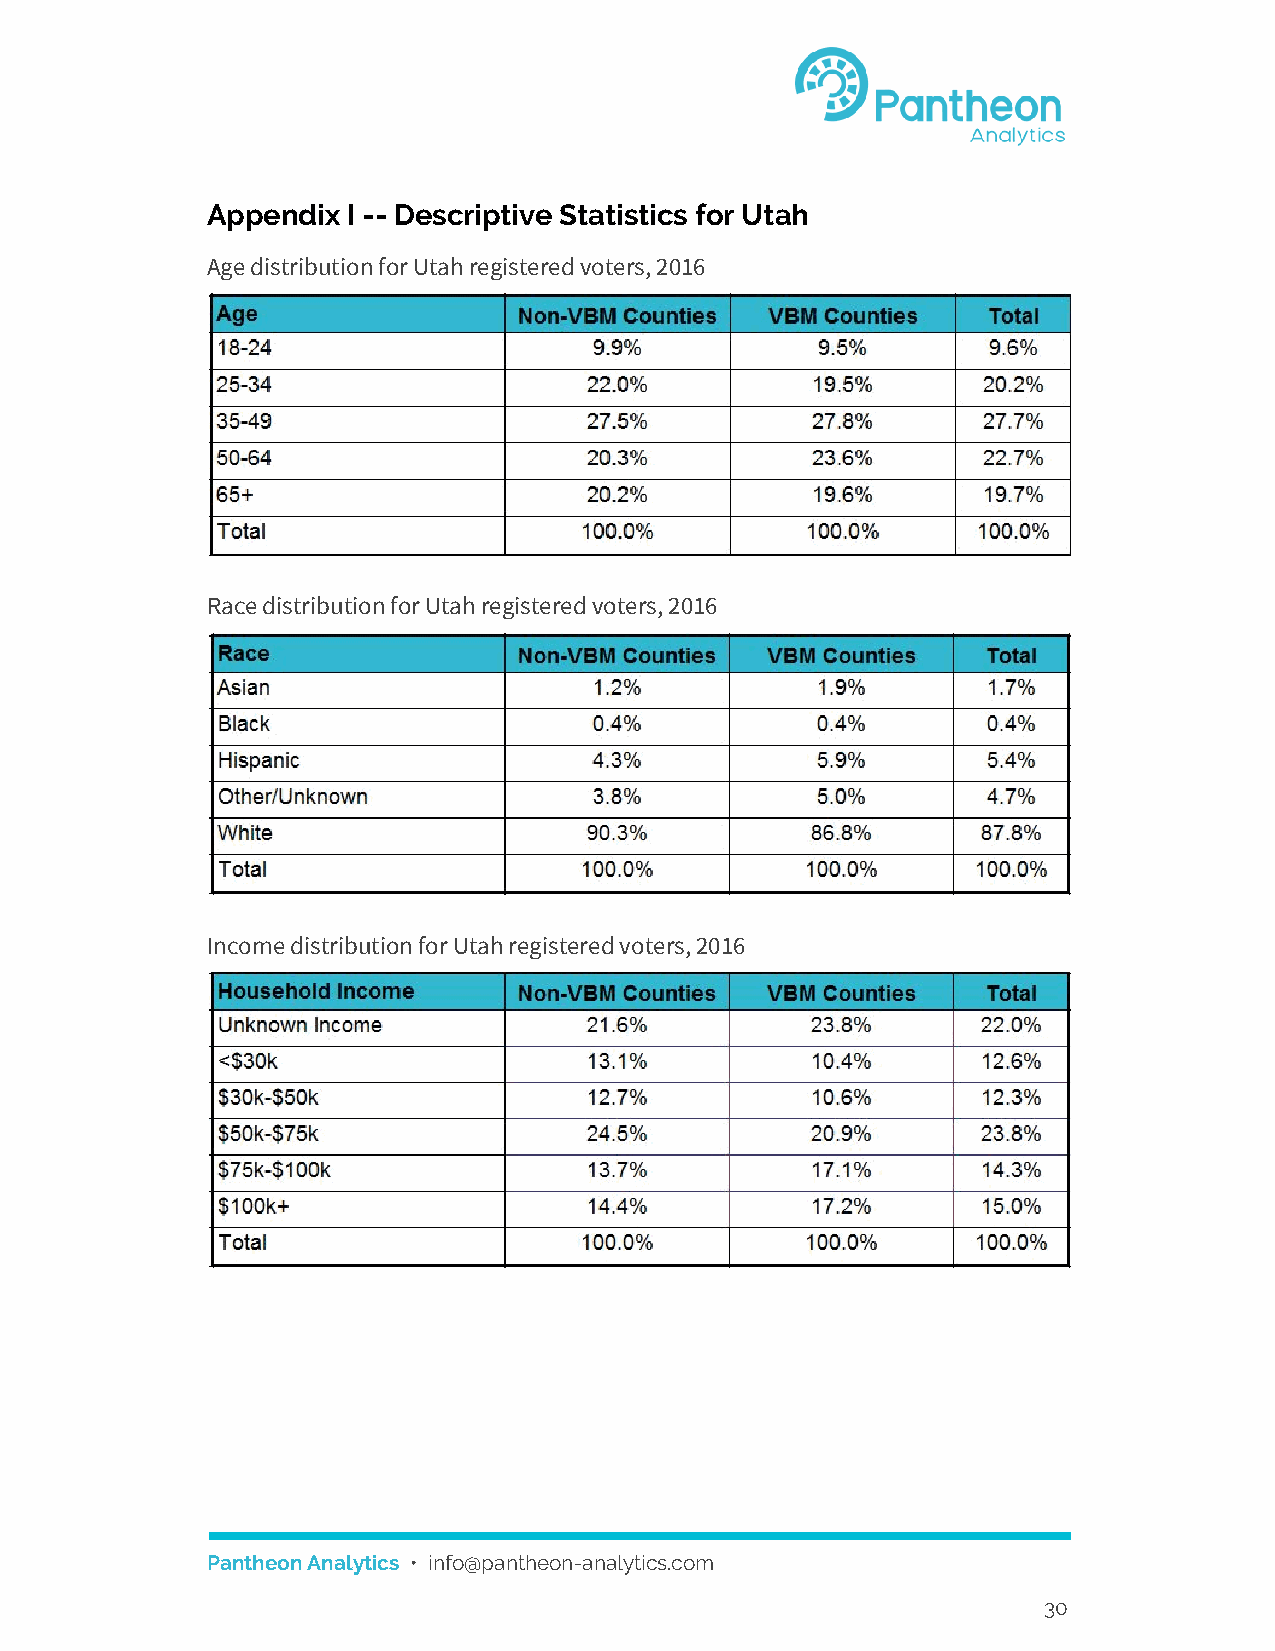
Appendix I -- Descriptive Statistics for Utah
 Age distribution for Utah registered voters, 2016
 Race distribution for Utah registered voters, 2016
 Income distribution for Utah registered voters, 2016
 Pantheon Analytics • info@pantheon-analytics.com
 ​
 30